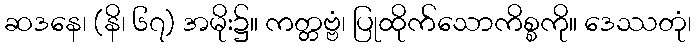
ဆဒနေ၊ (နိ၊ ၆၇) အမိုး၌။ ကတ္တဗ္ဗံ၊ ပြုထိုက်သောကိစ္စကို။ ဒေဿတုံ၊